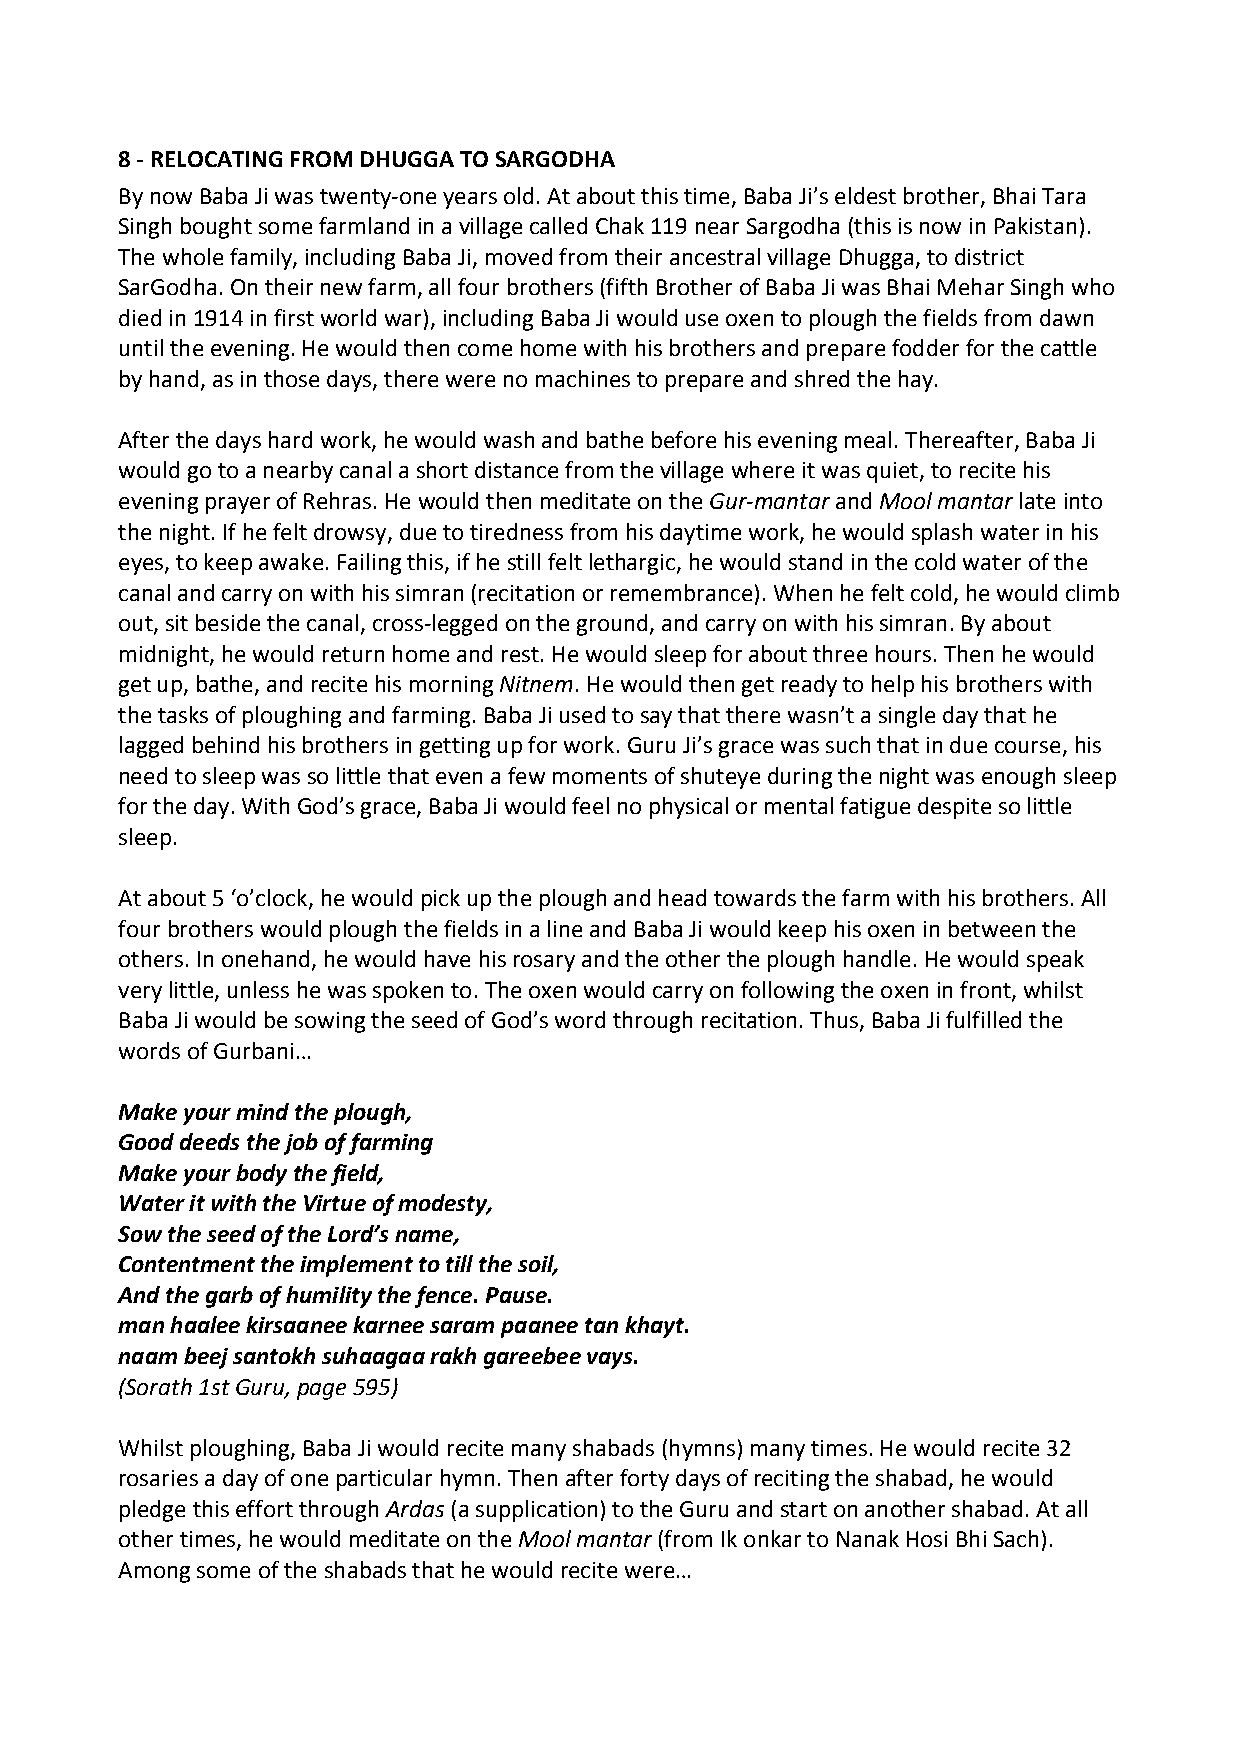
8 ‐ RELOCATING FROM DHUGGA TO SARGODHA
 By now Baba Ji was twenty‐one years old. At about this time, Baba Ji’s eldest brother, Bhai Tara
 Singh bought some farmland in a village called Chak 119 near Sargodha (this is now in Pakistan).
 The whole family, including Baba Ji, moved from their ancestral village Dhugga, to district
 SarGodha. On their new farm, all four brothers (fifth Brother of Baba Ji was Bhai Mehar Singh who
 died in 1914 in first world war), including Baba Ji would use oxen to plough the fields from dawn
 until the evening. He would then come home with his brothers and prepare fodder for the cattle
 by hand, as in those days, there were no machines to prepare and shred the hay.
 After the days hard work, he would wash and bathe before his evening meal. Thereafter, Baba Ji
 would go to a nearby canal a short distance from the village where it was quiet, to recite his
 evening prayer of Rehras. He would then meditate on the Gur‐mantar and Mool mantar late into
 the night. If he felt drowsy, due to tiredness from his daytime work, he would splash water in his
 eyes, to keep awake. Failing this, if he still felt lethargic, he would stand in the cold water of the
 canal and carry on with his simran (recitation or remembrance). When he felt cold, he would climb
 out, sit beside the canal, cross‐legged on the ground, and carry on with his simran. By about
 midnight, he would return home and rest. He would sleep for about three hours. Then he would
 get up, bathe, and recite his morning Nitnem. He would then get ready to help his brothers with
 the tasks of ploughing and farming. Baba Ji used to say that there wasn’t a single day that he
 lagged behind his brothers in getting up for work. Guru Ji’s grace was such that in due course, his
 need to sleep was so little that even a few moments of shuteye during the night was enough sleep
 for the day. With God’s grace, Baba Ji would feel no physical or mental fatigue despite so little
 sleep.
 At about 5 ‘o’clock, he would pick up the plough and head towards the farm with his brothers. All
 four brothers would plough the fields in a line and Baba Ji would keep his oxen in between the
 others. In onehand, he would have his rosary and the other the plough handle. He would speak
 very little, unless he was spoken to. The oxen would carry on following the oxen in front, whilst
 Baba Ji would be sowing the seed of God’s word through recitation. Thus, Baba Ji fulfilled the
 words of Gurbani…
 Make your mind the plough,
 Good deeds the job of farming
 Make your body the field,
 Water it with the Virtue of modesty,
 Sow the seed of the Lord’s name,
 Contentment the implement to till the soil,
 And the garb of humility the fence. Pause.
 man haalee kirsaanee karnee saram paanee tan khayt.
 naam beej santokh suhaagaa rakh gareebee vays.
 (Sorath 1st Guru, page 595)
 Whilst ploughing, Baba Ji would recite many shabads (hymns) many times. He would recite 32
 rosaries a day of one particular hymn. Then after forty days of reciting the shabad, he would
 pledge this effort through Ardas (a supplication) to the Guru and start on another shabad. At all
 other times, he would meditate on the Mool mantar (from Ik onkar to Nanak Hosi Bhi Sach).
 Among some of the shabads that he would recite were…